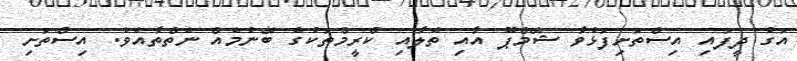
އަގު ދީފައި އިސްތަށިފަޅުވާ ޝޭމްޕޫ އާއި ތެލާއި ކްރީމްތަކުގެ ބޭނުމެއް ނެތްތާއެވެ. އިސްތަށި